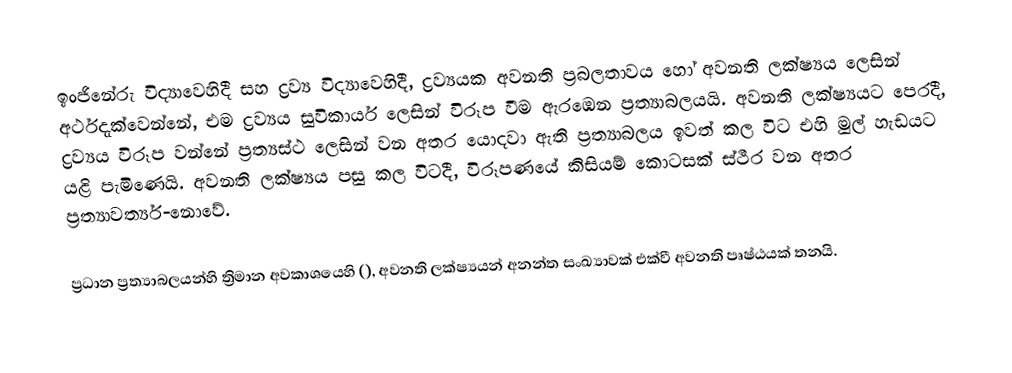
ඉංජිනේරු විද්‍යාවෙහිදී සහ  ද්‍රව්‍ය විද්‍යාවෙහිදී,   ද්‍රව්‍යයක අවනති ප්‍රබලතාවය හෝ  අවනති ලක්ෂ්‍යය  ලෙසින් අර්ථදැක්වෙන්නේ, එම ද්‍රව්‍යය  සුවිකාර්ය ලෙසින්  විරූප වීම ඇරඹෙන  ප්‍රත්‍යාබලයයි. අවනති ලක්ෂ්‍යයට පෙරදී,  ද්‍රව්‍යය විරූප වන්නේ  ප්‍රත්‍යස්ථ ලෙසින් වන අතර යොදවා ඇති ප්‍රත්‍යාබලය ඉවත් කල විට එහි මුල් හැඩයට යළි පැමිණෙයි. අවනති ලක්ෂ්‍යය පසු කල විටදී, විරූපණයේ කිසියම් කොටසක් ස්ථීර වන අතර  ප්‍රත්‍යාවර්ත්‍ය-නොවේ.

ප්‍රධාන ප්‍රත්‍යාබලයන්හි ත්‍රිමාන අවකාශයෙහි (), අවනති ලක්ෂ්‍යයන් අනන්ත සංඛ්‍යාවක් එක්වී  අවනති පෘෂ්ඨයක් තනයි.